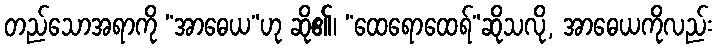
တည်သောအရာကို “အာဓေယ”ဟု ဆို၏၊ “ထေရောထေရ်”ဆိုသလို, အာဓေယကိုလည်း